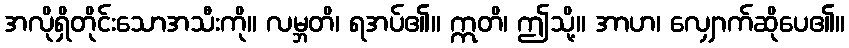
အလိုရှိတိုင်းသောအသီးကို။ လမ္ဘတိ၊ ရအပ်၏။ ဣတိ၊ ဤသို့။ အာဟ၊ လျှောက်ဆိုပေ၏။